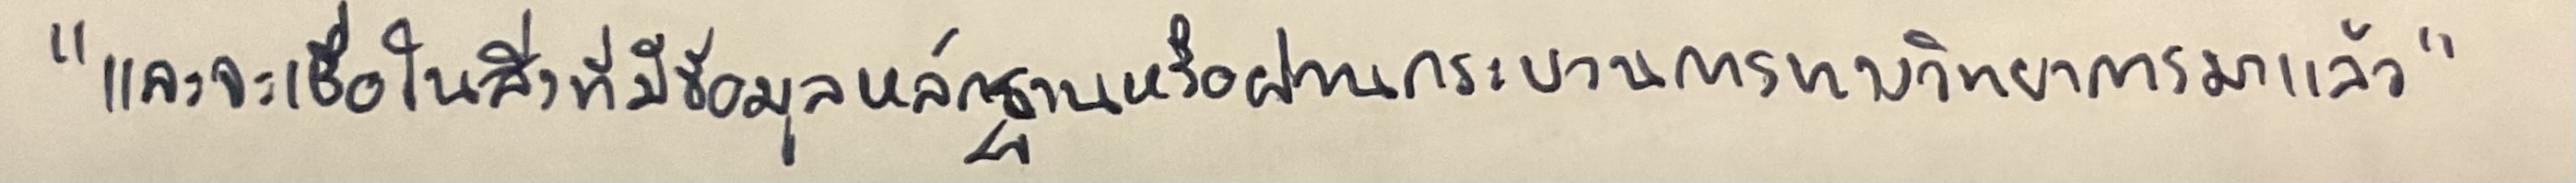
"และจะเชื่อในสิ่งที่มีข้อมูลหลักฐานหรือผ่านกระบวนการทางวิทยาการมาแล้ว"